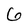
Character: 6